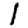
Digit: 1